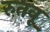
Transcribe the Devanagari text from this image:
रुतवू